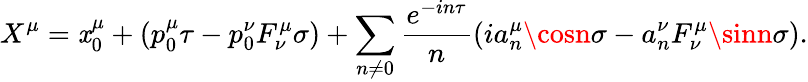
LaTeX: X^{\mu}=\mathit{x}_{0}^{\mu}+(p_{0}^{\mu}\tau-p_{0}^{\nu}F_{\nu}^{\mu}\sigma)+\sum_{n\neq0}{\frac{{e^{-in\tau}}}{{n}}}(ia_{n}^{\mu}\cosn\sigma-a_{n}^{\nu}F_{\nu}^{\mu}\sinn\sigma).